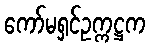
ကော်မရှင်ဥက္ကဋ္ဌက